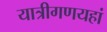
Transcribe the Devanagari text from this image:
यात्रीगणयहां